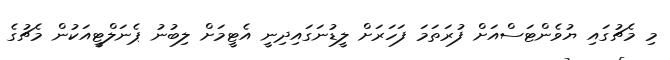
މި މެޗުގައި ޔުވެންޓަސްއަށް ފުރަތަމަ ފަހަރަށް ލީޑުނަގައިދިނީ އެޓީމަށް ލިބުނު ޕެނަލްޓީއަކުން މެޗުގެ